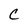
Character: C